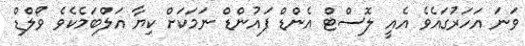
ވަނަ އަހަރުގައެވެ އެއީ ލޮސްޓް އެންޑް ފައުންޑް ނަމަކަށް ކިޔާ އަލްބަމެކެވެ ވޯލްޑް